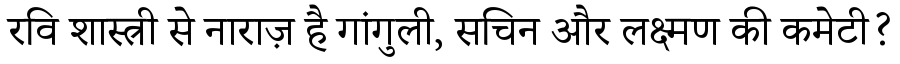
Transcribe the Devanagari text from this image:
रवि शास्त्री से नाराज़ है गांगुली, सचिन और लक्ष्मण की कमेटी?